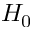
H _ { 0 }